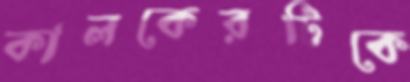
কালকেরটিকে